Report on sanitation, dispensaries, and jails in Rajputana for 1911, and on vaccination for the year 1911-1912 - 1911-1912
Year: 1911
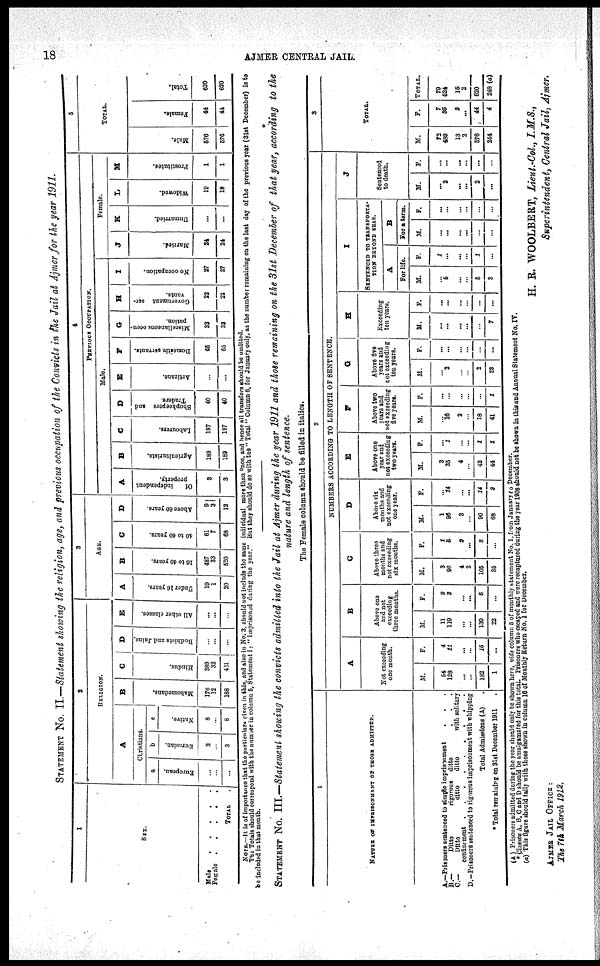
18
AJMER CENTRAL JAIL.
STATEMENT No. II.—Statement showing the religion, age, and previous occupation of the Convicts in the Jail at Ajmer for the year 1911.
1
SEX.
Male
.
.
.
.
Female
.
.
.
.
TOTAL .
2
RELIGION.
A
Christians.
a
European.
...
...
...
b
Eurasian.
3
...
3
c
Native.
8
...
8
B
Mahomedans.
176
12
188
C
Hindus.
380
32
421
D
Budhists and Jains.
...
...
...
E
All other classes.
...
...
...
3
AGE.
A
Under 16 years.
19
1
20
B
10 to 40 years.
487
33
520
C
40 to 60 years.
61
7
68
D
Above 60 years.
9
3
12
4
PREVIOUS OCCUPATION.
Male.
A
Of
independent
property.
3
3
B
Agriculturists.
189
189
C
Labourers.
197
197
D
Shopkeepers and
Traders.
40
40
E
Artizans.
...
...
F
Domestic servants.
65
65
G
Miscellaneous occu-
pation.
33
33
H
Government ser-
vants.
22
22
I
No occupation.
27
27
Female.
J
Married.
24
24
K
Unmarried.
...
...
L
Widowed.
10
19
M
Prostitutes.
1
1
5
TOTAL.
Male.
576
576
Female.
44
44
Total.
620
620
NOTE.—It is of importance that the particulars given in this, and also in No. 3, should not include the same individual more than once, and hence all transfers should be omitted.
The Totals should correspond with the number in column 5, Statement I. " Imprisoned during the year." But they should do so with the " Total" Column 6, for January only, as the number remaining on the last day of the previous year (31st December) is to
be included in that month.
STATEMENT No. III.—Statement showing the convicts admitted into the Jail at Ajmer during the year 1911 and those remaining on the 31st December of that year, according to the
nature and length of sentence.
The Female column should be filled in italics.
1
NATURE OF IMPRISONMENT OF THOSE ADMITTED.
A.—Prisoners sentenced to simple imprisonment . . .
B.—
Ditto
rigorous ditto . . .
C.—
Ditto
ditto
ditto
with solitary
confinement
.
.
.
.
.
D.—Prisoners sentenced to rigorous imprisonment with whipping
Total Admissions (A) .
* Total remaining on 31st December 1911 .
2
NUMBERS ACCORDING TO LENGTH OF SENTENCE.
A
Not exceeding
one month.
M.
54
128
...
...
182
1
F.
4
11
...
...
15
...
B
Above one
and not
exceeding
three months.
M.
11
119
...
...
130
22
F.
2
3
...
...
5
...
C
Above three
months and
not exceeding
six months.
M.
3
96
4
2
105
35
F.
1
5
2
...
8
...
D
Above six
months and
not excceding
one year.
M.
1
86
3
...
90
68
F.
...
14
...
...
14
2
E
Above one
year end
not exceeding
two years.
M.
3
35
4
...
42
44
F.
...
1
...
...
1
1
F
Above two
years and
not exceeding
five years.
M.
...
16
2
...
18
41
F.
...
...
...
...
...
1
G
Above five
years and
not exceeding
ten years.
M.
...
2
...
...
2
23
F.
...
...
...
...
...
...
H
Exceeding
ton years.
M.
...
...
...
...
...
7
F.
...
...
...
...
...
...
I
SENTENCED TO TRANSPORTA-
TION BEYOND SEAS.
A
For life.
M.
...
5
...
...
5
3
F.
1
...
...
...
1
...
B
For a term.
M.
...
...
...
...
...
...
F.
...
...
...
...
...
...
J
Sentenced
to death.
M.
...
2
...
...
2
...
F.
...
...
...
...
...
...
3
TOTAL.
M.
72
489
13
2
576
244
F.
7
35
2
...
44
4
TOTAL.
79
524
15
2
620
248(a)
(A ) Prisoners admitted during the year should only be shown here, vide column 5 of monthly statement No. 1, from January to December.
* Classes A, B, C and D should be amalgamated for this total. Prisoners who escaped and were recaptured during the year 1908 should not be shown in this and Annual Statement No. IV.
(a) This figure should tally with those shown in column 16 of Monthly Return No. 1 for December.
AJMER JAIL OFFICE :
The 7th March 1912.
H. R. WOOLBERT, Lieut-Col., I.M.S.,
Superintendent, Central Jail, Ajmer.